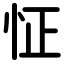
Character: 怔